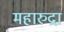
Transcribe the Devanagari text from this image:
महारुद्रा